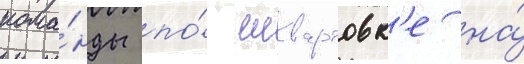
кома́нды по́ швартовк'е на́